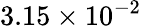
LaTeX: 3.15\times 10^{-2}